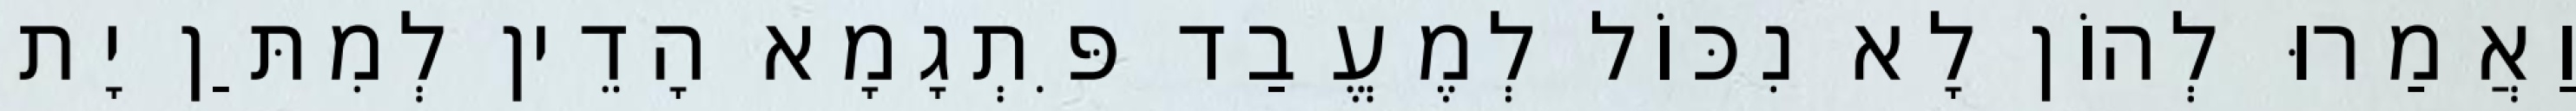
וַאֲמַרוּ לְהוֹן לָא נִכּוֹל לְמֶעֱבַד פִּתְגָמָא הָדֵין לְמִתַּן יָת